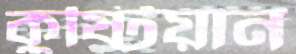
কুষ্টিয়ান